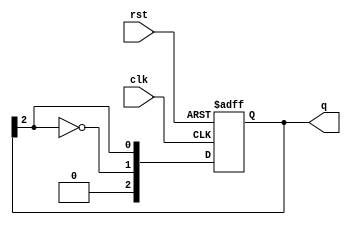
module ring_johnson_counter #(
    parameter N = 3  // Number of flip-flops
)(
    input wire clk,   // Clock input
    input wire rst,   // Reset input
    output reg [N-1:0] q  // Output of the counter
);

    // Sequential logic for the Johnson counter
    always @(posedge clk or posedge rst) begin
        if (rst) begin
            // Initialize the counter to 0
            q <= 0;
        end else begin
            // Shift the values and apply the feedback
            q <= {~q[N-1], q[N-1:N-1]}; // Shift and feedback
        end
    end

endmodule